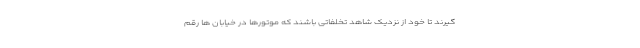
گیرند تا خود از نزدیک شاهد تخلفاتی باشند که موتورها در خیابان ها رقم